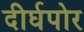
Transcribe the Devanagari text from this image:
दीर्घपोर